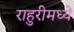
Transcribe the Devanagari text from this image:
राहुरीमध्ये